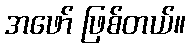
အဖော် ဖြစ်တယ်။